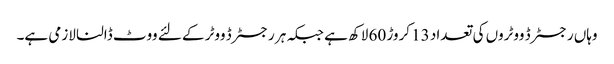
وہاں رجسٹرڈ ووٹروں کی تعداد 13 کروڑ 60 لاکھ ہے جبکہ ہر رجسٹرڈ ووٹر کے لئے ووٹ ڈالنا لازمی ہے۔